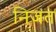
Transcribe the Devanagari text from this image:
निजत